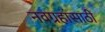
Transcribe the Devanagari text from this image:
नवग्रहांसाठी